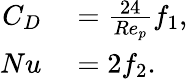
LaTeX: \begin{array}{rl}{C_{D}}&{{}=\frac{24}{Re_{p}}f_{1},}\\ {Nu}&{{}=2f_{2}.}\end{array}